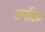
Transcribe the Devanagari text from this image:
अमांटिस